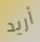
أريد